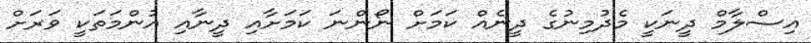
އިސްލާމް ދީނަކީ މެދުމިނުގެ ދީނެއް ކަމަށް ނޯންނަ ކަމަށާއި ދީނާއި އުންމަތަކީ ވަރަށް